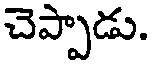
చెప్పాడు.